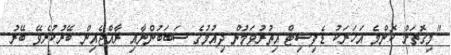
"މިގޮތަށް ކޮންމެ އަހަރަކު ޑެފިސިޓް އިތުރުވަމުން ދިއުމުގެ ސަބަބުންނާއި ރާއްޖެއިން ބޭރުކުރެވޭ ބޭރު